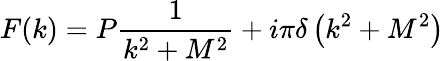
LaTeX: F(k)=P\frac{1}{k^{2}+M^{2}}+i\pi\delta\left(k^{2}+M^{2}\right)